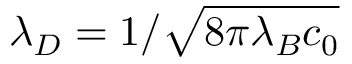
\lambda _ { D } = 1 / \sqrt { 8 \pi \lambda _ { B } c _ { 0 } }